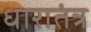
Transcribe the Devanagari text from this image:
धारातंत्र